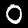
Label: 0